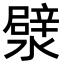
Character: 㵨